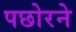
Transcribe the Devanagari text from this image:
पछोरने